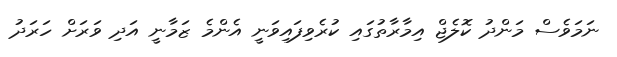
ނަމަވެސް މަންދު ކޮލެޖް އިމާރާތުގައި ކުރެވިފައިވަނީ އެންމެ ޒަމާނީ އަދި ވަރަށް ހަރަދު